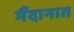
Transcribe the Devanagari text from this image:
र्मैदानात